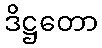
ဒိဋ္ဌတော